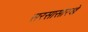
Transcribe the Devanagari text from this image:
सरसासारखे